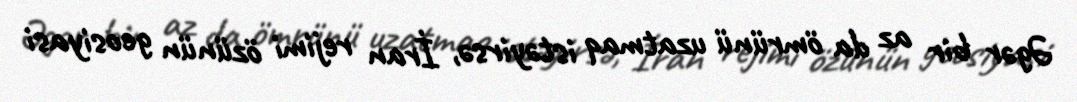
Əgər bir az da ömrünü uzatmaq istəyirsə, İran rejimi özünün geosiyasi